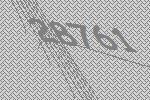
28761